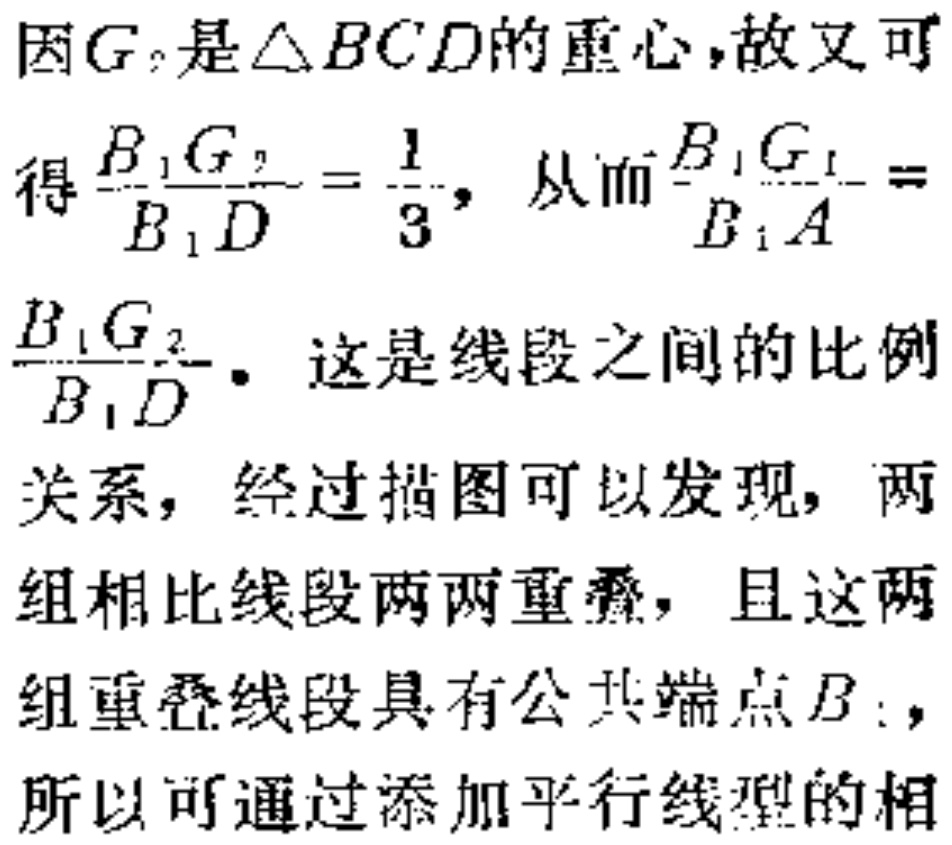
因\(G_{2}\)是\(\triangle BCD\)的重心，故又可
得\(\frac{B_{1}G_{2}}{B_{1}D}=\frac{1}{3}\)，从而\(\frac{B_{1}G_{1}}{B_{1}A}=
\frac{B_{1}G_{2}}{B_{1}D}\)。这是线段之间的比例
关系，经过描图可以发现，两
组相比线段两两重叠，且这两
组重叠线段具有公共端点\(B_{1}\)，
所以可通过添加平行线型的相